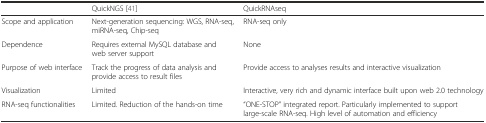
<table><thead><tr><td></td><td><b>QuickNGS [41]</b></td><td><b>QuickRNAseq</b></td></tr></thead><tbody><tr><td>Scope and application</td><td>Next-generation sequencing: WGS, RNA-seq, miRNA-seq, Chip-seq</td><td>RNA-seq only</td></tr><tr><td>Dependence</td><td>Requires external MySQL database and web server support</td><td>None</td></tr><tr><td>Purpose of web interface</td><td>Track the progress of data analysis and provide access to result files</td><td>Provide access to analyses results and interactive visualization</td></tr><tr><td>Visualization</td><td>Limited</td><td>Interactive, very rich and dynamic interface built upon web 2.0 technology</td></tr><tr><td>RNA-seq functionalities</td><td>Limited. Reduction of the hands-on time</td><td>“ONE-STOP” integrated report. Particularly implemented to support large-scale RNA-seq. High level of automation and efficiency</td></tr></tbody></table>